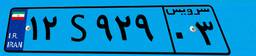
۸۸S۵۰۵۵۱